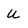
Character: U